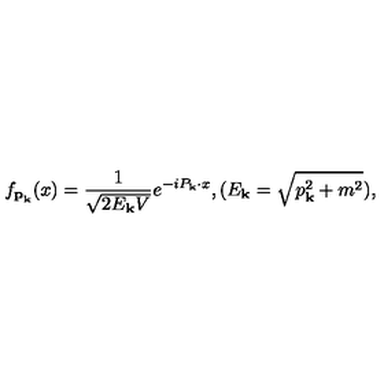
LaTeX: f _ { { \bf p } _ { \bf k } } ( x ) = \frac { 1 } { \sqrt { 2 E _ { \bf k } V } } e ^ { - i P _ { \bf k } \cdot x } , ( E _ { \bf k } = \sqrt { p _ { \bf k } ^ { 2 } + m ^ { 2 } } ) ,